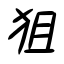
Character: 狙